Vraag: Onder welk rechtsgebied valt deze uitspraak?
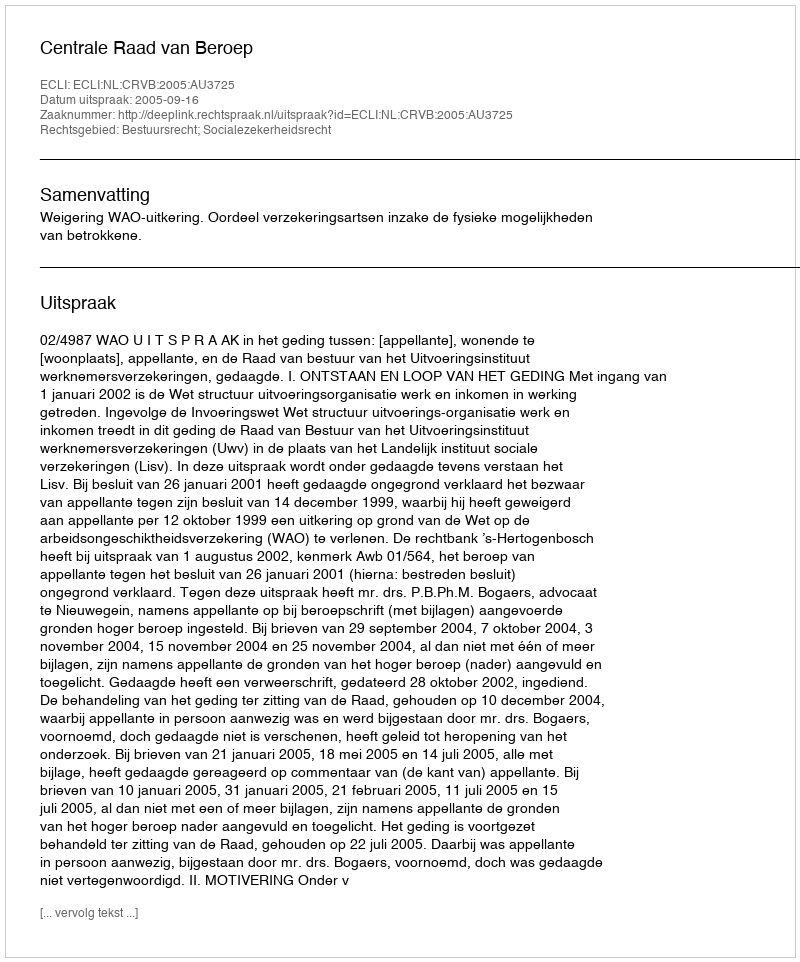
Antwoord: Bestuursrecht; Socialezekerheidsrecht